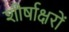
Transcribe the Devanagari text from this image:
शीर्षाक्षरों